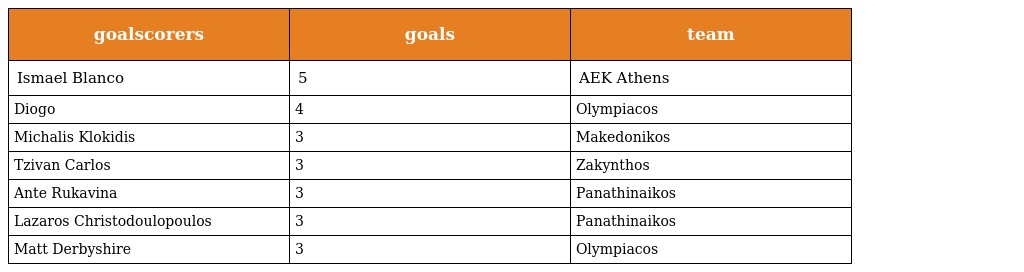
| goalscorers | goals | team |
 | --- | --- | --- |
 | Ismael Blanco | 5 | AEK Athens |
 | Diogo | 4 | Olympiacos |
 | Michalis Klokidis | 3 | Makedonikos |
 | Tzivan Carlos | 3 | Zakynthos |
 | Ante Rukavina | 3 | Panathinaikos |
 | Lazaros Christodoulopoulos | 3 | Panathinaikos |
 | Matt Derbyshire | 3 | Olympiacos |